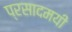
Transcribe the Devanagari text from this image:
प्रसादमयी